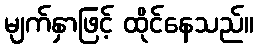
မျက်နှာဖြင့် ထိုင်နေသည်။